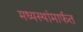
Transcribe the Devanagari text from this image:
मध्यस्थांमार्फत